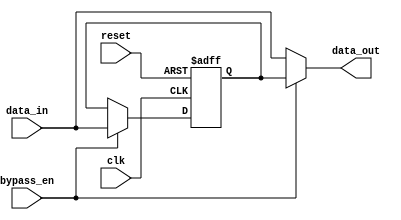
module SimpleBypassRegister (
    input wire clk,                // Clock input
    input wire reset,              // Reset signal
    input wire bypass_en,          // Bypass enable signal
    input wire [31:0] data_in,     // Data input
    output reg [31:0] data_out     // Data output
);

// Register for data bypass
reg [31:0] bypass_reg;

// Timing control block for bypass operation
always @(posedge clk or posedge reset) begin
    if (reset) begin
        bypass_reg <= 32'h00000000; // Reset bypass register on reset
    end else begin
        if (bypass_en) begin
            bypass_reg <= data_in; // Bypass data input to register
        end
    end
end

// Output data based on bypass control
always @* begin
    if (bypass_en) begin
        data_out = bypass_reg;    // Output bypassed data
    end else begin
        data_out = data_in;       // Output synchronized data
    end
end

endmodule